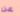
عن